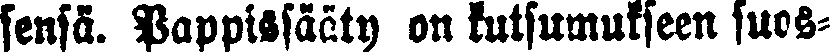
sensä. Pappissääty on kutsumukseen suos-